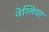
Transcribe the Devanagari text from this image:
नेग्लिया